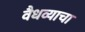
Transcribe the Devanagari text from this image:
वैधव्याचा